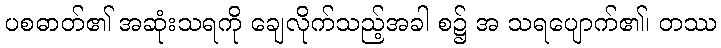
ပစဓာတ်၏ အဆုံးသရကို ချေလိုက်သည့်အခါ စ၌ အ သရပျောက်၏၊ တဿ